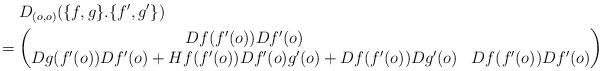
LaTeX: \begin{align*}&\hphantom{{}={}}D_{(o,o)}(\{f,g\}.\{f',g'\})\\*&=\begin{pmatrix}Df(f'(o))Df'(o)\\Dg(f'(o))Df'(o)+Hf(f'(o))Df'(o)g'(o)+Df(f'(o))Dg'(o) & Df(f'(o))Df'(o)\end{pmatrix}\end{align*}